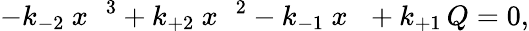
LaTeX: -k_{-2}~{x_{\mathrm{~\, ~}}}^{3}+k_{+2}~{x_{\mathrm{~\, ~}}}^{2}-k_{-1}~x_{\mathrm{~\, ~}}+k_{+1}\, Q=0,